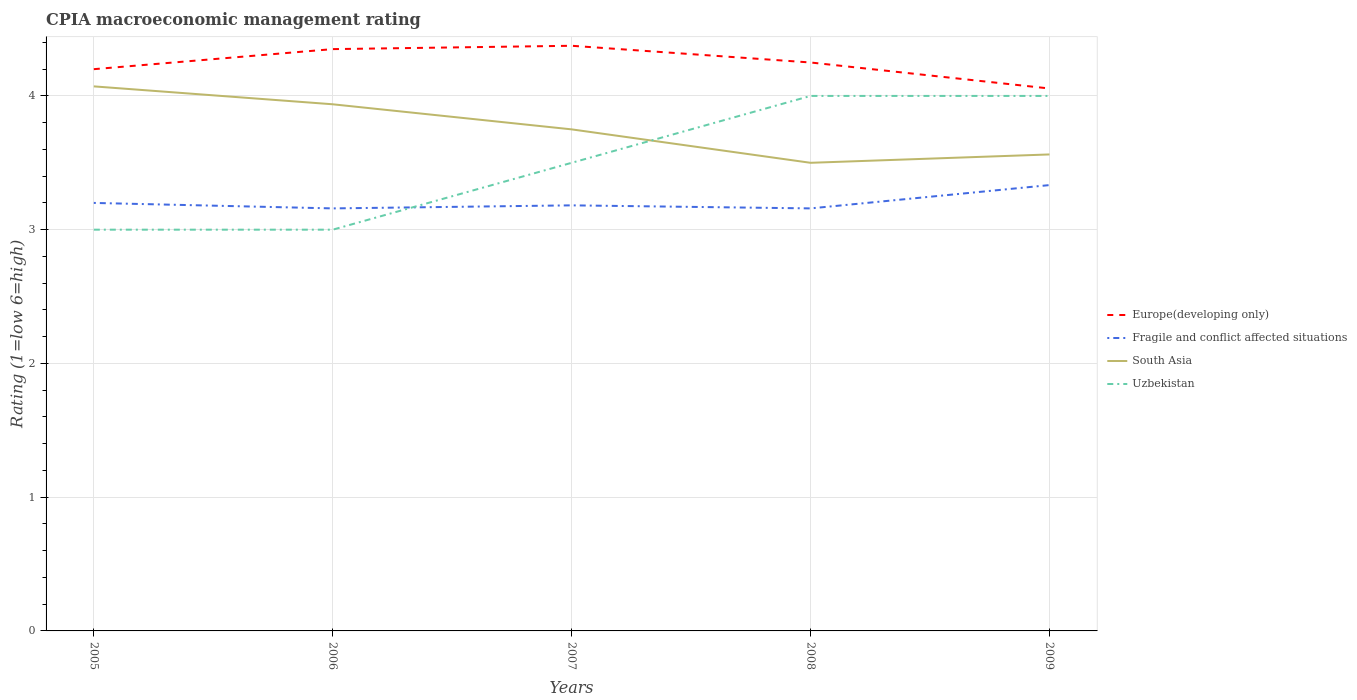
| Years | Europe(developing only) | Fragile and conflict affected situations | South Asia | Uzbekistan |
 | --- | --- | --- | --- | --- |
 | 2005 | 4.2 | 3.2 | 4.07 | 3 |
 | 2006 | 4.35 | 3.16 | 3.94 | 3 |
 | 2007 | 4.38 | 3.18 | 3.75 | 3.5 |
 | 2008 | 4.25 | 3.16 | 3.5 | 4 |
 | 2009 | 4.06 | 3.33 | 3.56 | 4 |